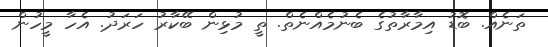
ތަނެއް. ބޮޑު އިމާރާތުގެ ބެނުމެއްނެތް. ތީ މުޅިން ބޭކާރު ހަރަދު. އެހާ މީހުން